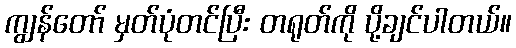
ကျွန်တော် မှတ်ပုံတင်ပြီး တရုတ်ကို ပို့ချင်ပါတယ်။